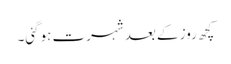
کچھ روز کے بعد شہرت ہوگئی۔